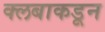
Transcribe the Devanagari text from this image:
क्लबाकडून